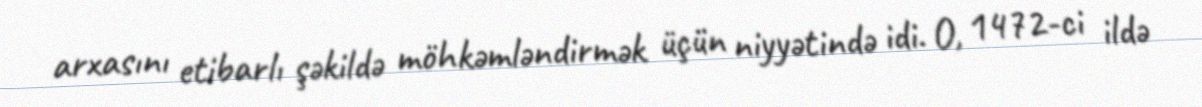
arxasını etibarlı şəkildə möhkəmləndirmək üçün niyyətində idi. O, 1472-ci ildə